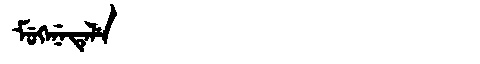
Manchu: ᠮᡠᡴᡝᠨᡝᡨᡝᠯᡝ
Romanization: MUKENETELE